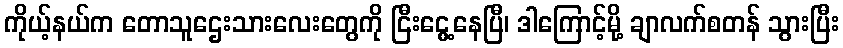
ကိုယ့်နယ်က တောသူဌေးသားလေးတွေကို ငြီးငွေ့နေပြီ၊ ဒါကြောင့်မို့ ချာလက်စတန် သွားပြီး